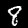
Digit: 8